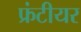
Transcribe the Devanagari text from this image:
फ्रंटीयर